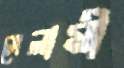
সেলামী